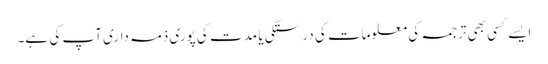
ایسے کسی بھی ترجمہ کی معلومات کی درستگی یا مدت کی پوری ذمہ داری آپ کی ہے۔